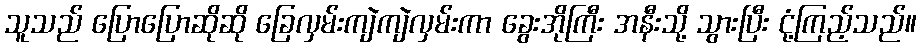
သူသည် ပြောပြောဆိုဆို ခြေလှမ်းကျဲကျဲလှမ်းကာ ခွေးအိုကြီး အနီးသို့ သွားပြီး ငုံ့ကြည့်သည်။